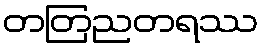
တတြညတရဿ